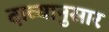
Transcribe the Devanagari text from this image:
दाव्यानुसार